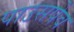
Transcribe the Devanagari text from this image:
पाउसपेव